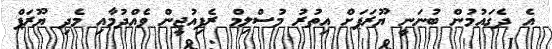
އެ ދެގައުމުން ބުނަނީ ޔޫރަޕަށް އިތުރު މުސްލިމް ރެފިއުޖީން ވެއްދުމާއި މެދި ޔޫރަޕް